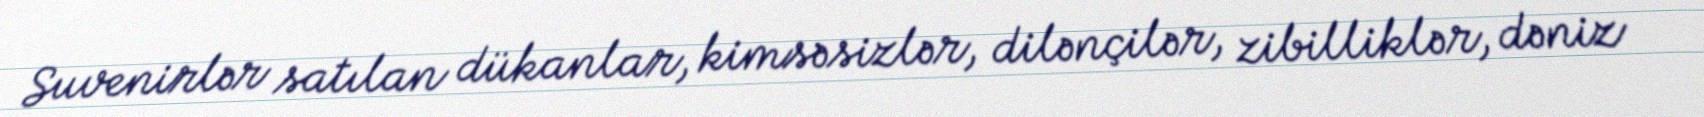
Suvenirlər satılan dükanlar, kimsəsizlər, dilənçilər, zibilliklər, dəniz